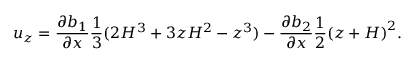
u _ { z } = \frac { \partial b _ { 1 } } { \partial x } \frac { 1 } { 3 } ( 2 H ^ { 3 } + 3 z H ^ { 2 } - z ^ { 3 } ) - \frac { \partial b _ { 2 } } { \partial x } \frac { 1 } { 2 } { ( z + H ) } ^ { 2 } .